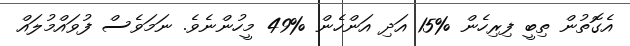
އެގޮތުން ތިބީ ފިރިހެން %15 އަދި އަންހެން %49 މީހުންނެވެ. ނަމަވެސް ފުވައްމުލައް